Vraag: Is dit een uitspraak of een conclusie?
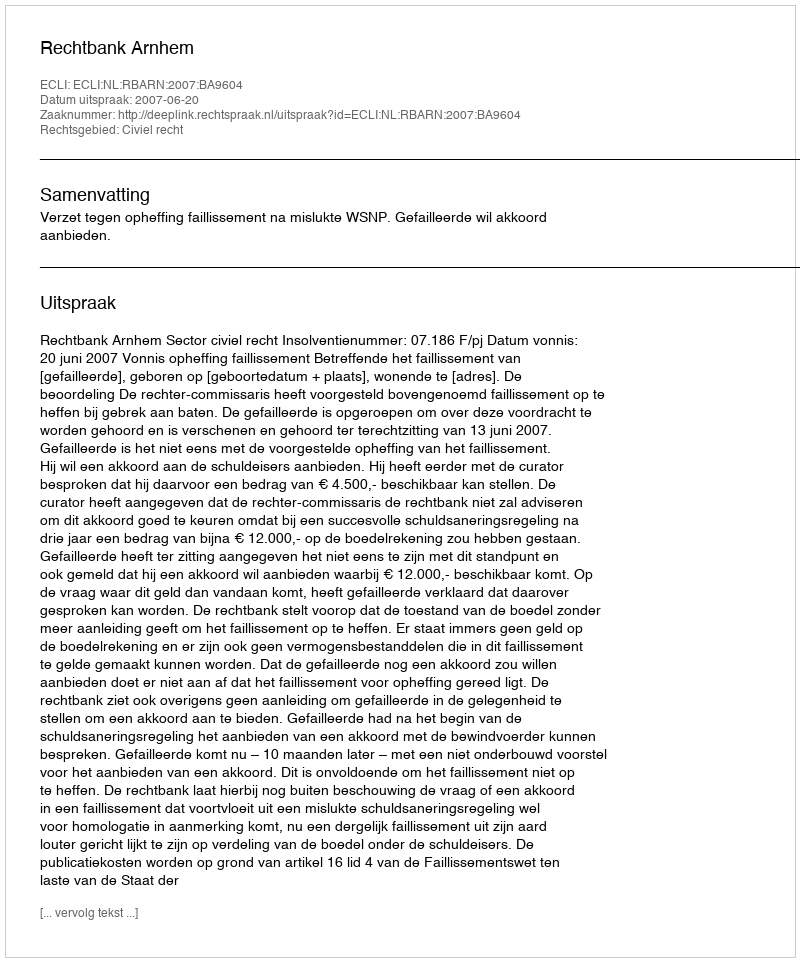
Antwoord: Uitspraak